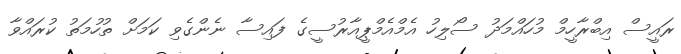
ރައީސް އިބްރާހީމް މުހައްމަދު ސޯލިހު އެމްއެމްޕީއާރުސީގެ ފައިސާ ނެންގެވި ކަމަށް ތުހުމަތު ކުރައްވާ